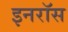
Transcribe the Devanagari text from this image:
इनरॉस